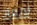
لإبعاد